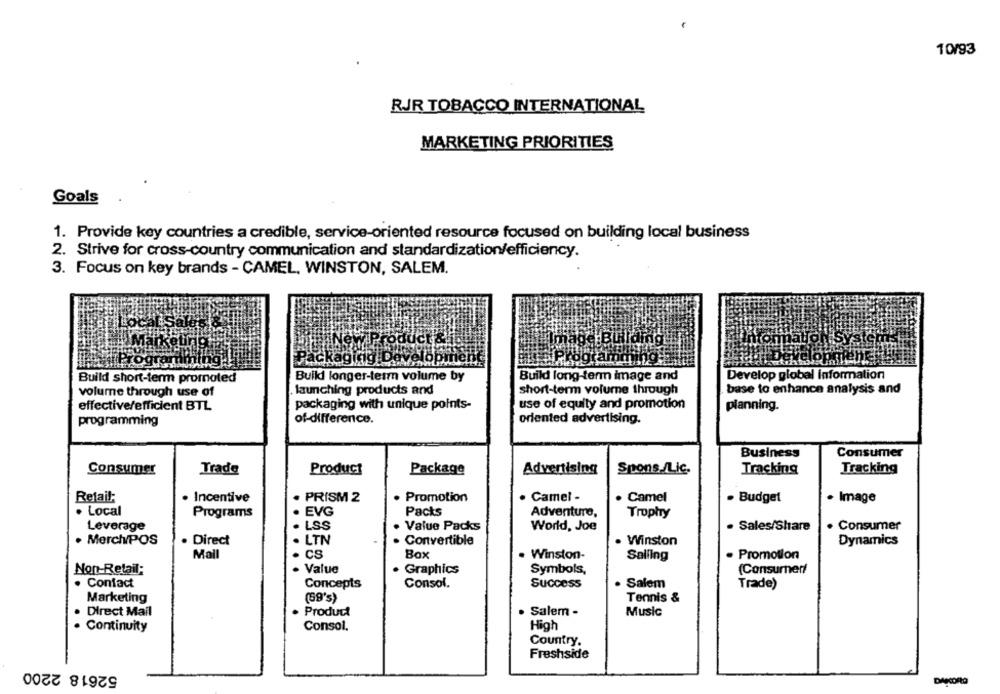
10/93
RJR TOBACCO INTERNATIONAL
MARKETING PRIORITIES
Goals
1. Provide key countries a credible, service-oriented resource focused on building local business
2. Strive for cross-country communication and standardization/efficiency.
3. Focus on key brands - CAMEL, WINSTON, SALEM.
Packaging
Build short-term promoted
Buiki longer-term volume by
Build long-term image and
Develop global Information
volume through use of
launching products and
short-term volume through
base to enhance analysis and
effective/efficient BTL
packaging with unique points-
use of equity and promotion
planning.
programming
of-difference.
oriented advertising.
Business
Consumer
Consumer
Trade
Product
Package
Advertising
Spons /Lic.
Tracking
Tracking
Refait:
Incentive
PRISM 2
Promotion
Camel -
. Camel
· Budget
· Image
Local
Programs
EVG
Pacts
Adventure,
Trophy
Leverage
LSS
Value Packs
World, Joe
. Sales/Share
. Consumer
. MerchiPOS
Direct
· LTN
Convertible
Winston
Dynamics
Mall
CS
Box
Winston-
Promotion
Salling
Value
Non Retail:
Graphics
Symbols,
(Consumer/
Contact
Concepts
Salem
Consol.
Success
Trade)
Marketing
(69's)
Tennis &
Salem -
Direct Mail
Product
Music
Continuity
Consol.
High
Country.
Freshside
52618 2200